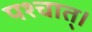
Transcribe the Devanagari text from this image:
पश्चात्‌।